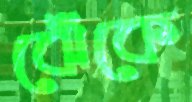
ঝেঁকে